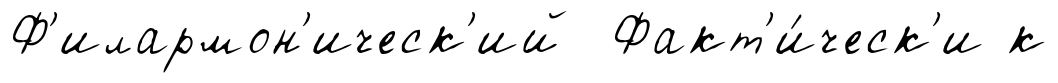
Ф'илармон'ическ'ий Факт'и́ческ'и к